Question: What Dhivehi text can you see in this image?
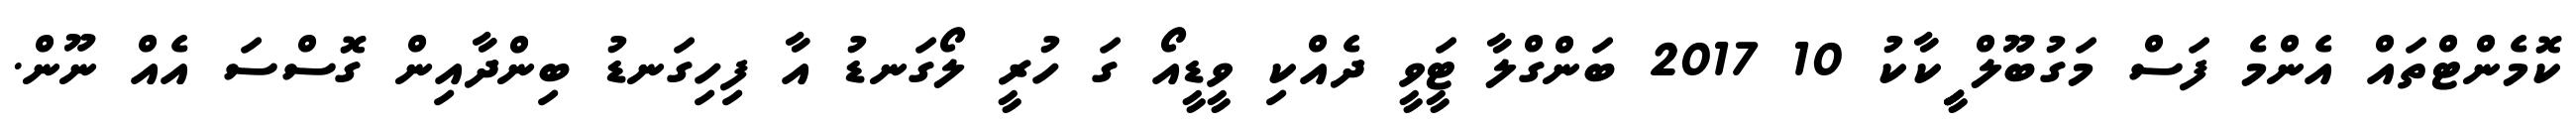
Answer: ކޮމެންޓްތައް އެންމެ ފަސް މަގުބޫލް ީިިިކާކު 10 2017 ބަންގްލާ ޓީަވީ ދެއްކި ވީޑީއޯ ގަ ހުރީ ލޯގަނޑު އާ ފިހިގަނޑު ބިންދާއިން ގޮސްސަ އެއް ނޫން.